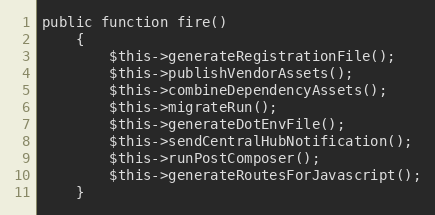
Language: PHP
public function fire()
    {
        $this->generateRegistrationFile();
        $this->publishVendorAssets();
        $this->combineDependencyAssets();
        $this->migrateRun();
        $this->generateDotEnvFile();
        $this->sendCentralHubNotification();
        $this->runPostComposer();
        $this->generateRoutesForJavascript();
    }